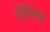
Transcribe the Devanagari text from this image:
सेंसिस